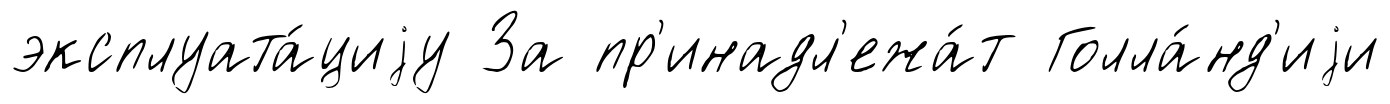
эксплуата́циjу За пр'инадл'ежа́т Голла́нд'иjи